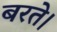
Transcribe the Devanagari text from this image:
बरते।